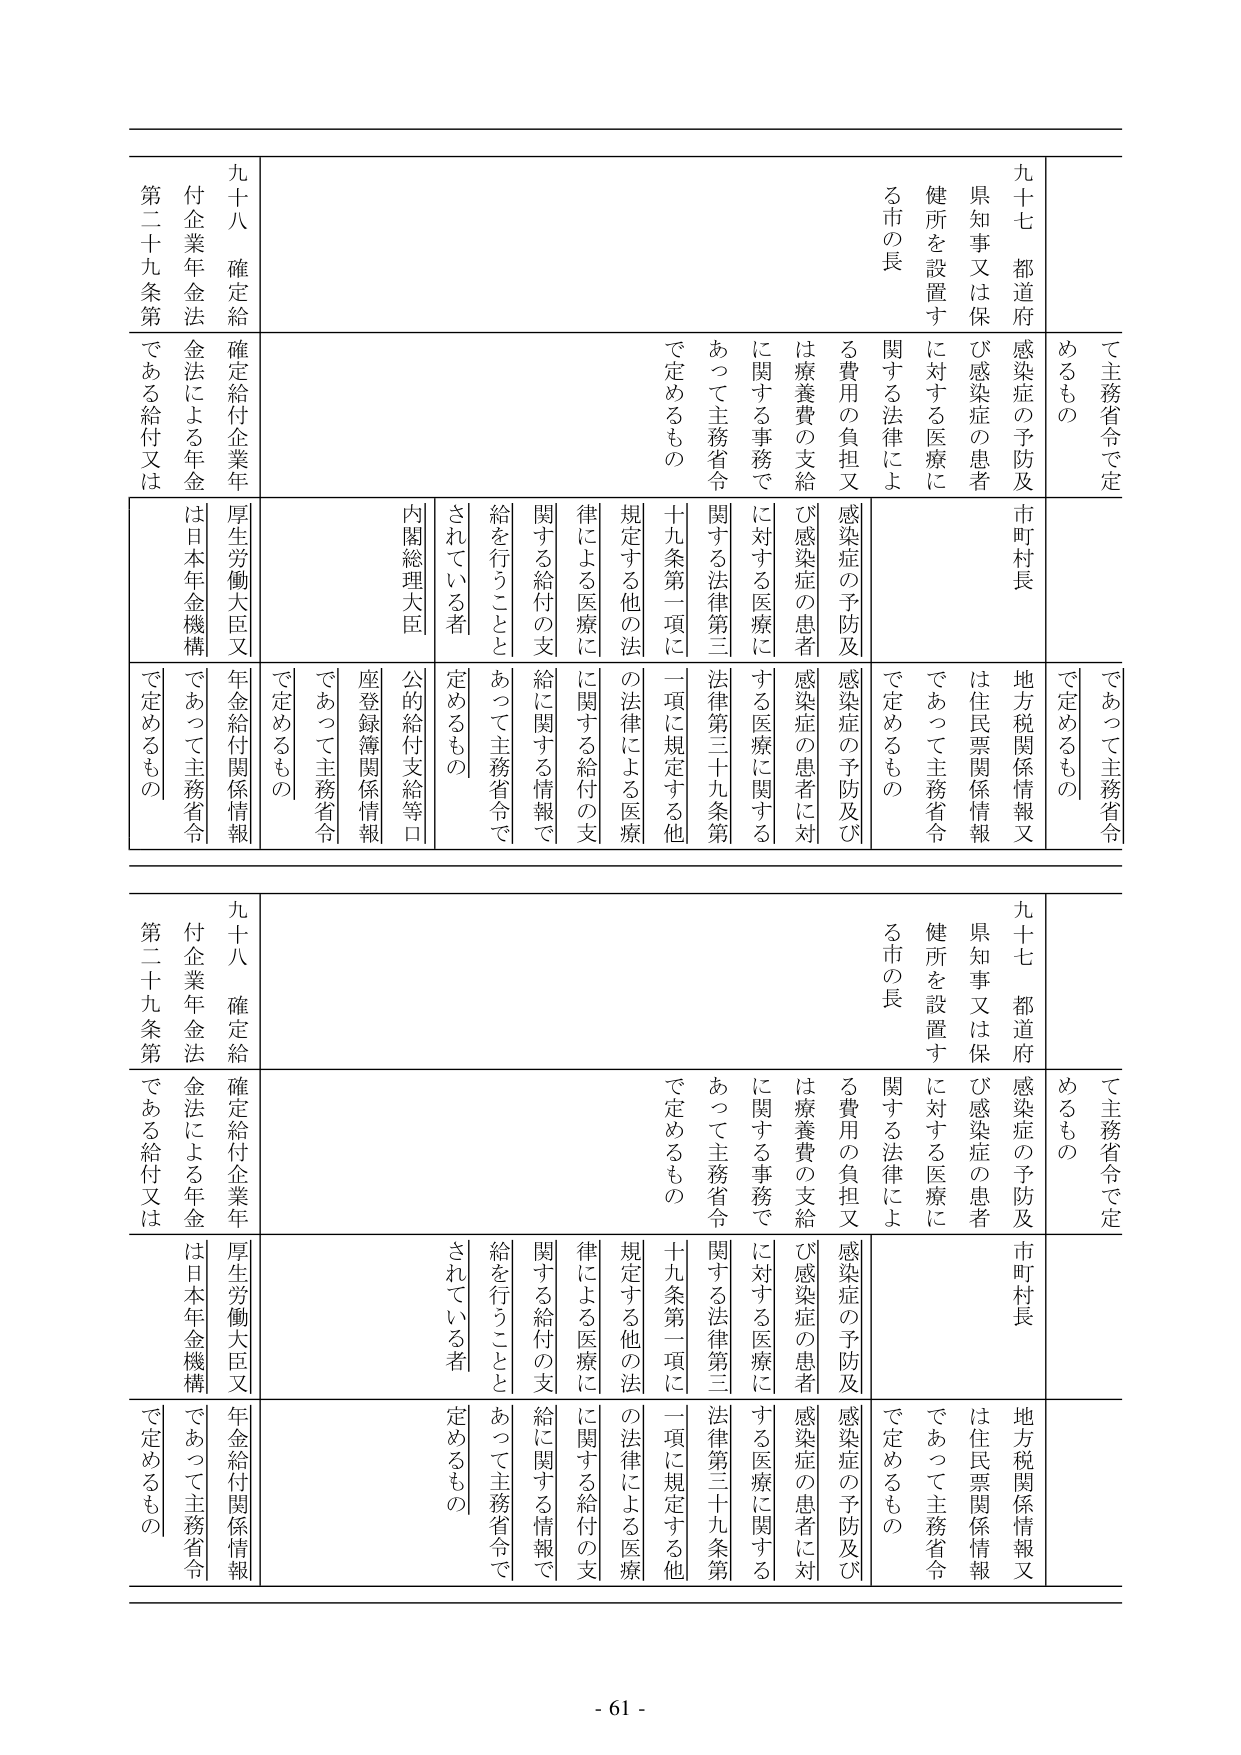
て主務省令で定めるもの
九十七 都道府県知事又は保健所を設置する市の長
感染症の予防及び感染症の患者に対する医療に関する法律による費用の負担又は療養費の支給に関する事務で
あつて主務省令で定めるもの
市町村長
地方税関係情報又は住民票関係情報であつて主務省令で定めるもの
感染症の予防及び感染症の患者に対する医療に関する法律第三十九条第一項に規定する他の法律による医療に関する給付の支給に関する情報であつて主務省令で定めるもの
内閣総理大臣
公的給付支給等口座登録簿関係情報であつて主務省令で定めるもの
九十八 確定給付企業年金法による年金である給付又は
厚生労働大臣又は日本年金機構
年金給付関係情報であつて主務省令で定めるもの
第二十九条第
て主務省令で定めるもの
九十七 都道府県知事又は保健所を設置する市の長
感染症の予防及び感染症の患者に対する医療に関する法律による費用の負担又は療養費の支給に関する事務であつて主務省令で定めるもの
市町村長
地方税関係情報又は住民票関係情報であつて主務省令で定めるもの
感染症の予防及び感染症の患者に対する医療に関する法律第三十九条第一項に規定する他の法律による医療に関する給付の支給に関する情報であつて主務省令で定めるもの
内閣総理大臣
公的給付支給等口座登録簿関係情報であつて主務省令で定めるもの
九十八 確定給付企業年金法による年金である給付又は
厚生労働大臣又は日本年金機構
年金給付関係情報であつて主務省令で定めるもの
第二十九条第
- 61 -